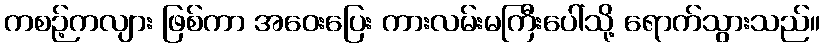
ကစဉ့်ကလျား ဖြစ်ကာ အဝေးပြေး ကားလမ်းမကြီးပေါ်သို့ ရောက်သွားသည်။